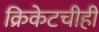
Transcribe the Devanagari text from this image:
क्रिकेटचीही